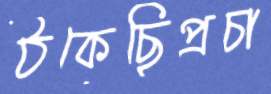
ঠকেছিপ্রচা